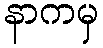
နာကမှ